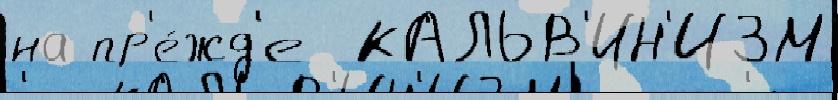
на пр'е́жд'е  КАЛЬВ'ИН'ИЗМ